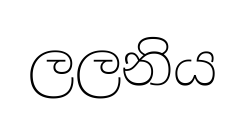
ලලනිය